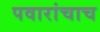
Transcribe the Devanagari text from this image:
पवारांचाच